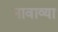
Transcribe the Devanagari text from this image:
नावाव्या